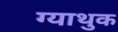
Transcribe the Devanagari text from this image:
ग्याथुक